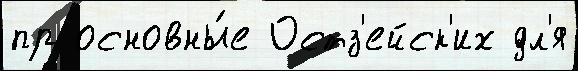
пр основны́е Остз'ейск'их дл'я